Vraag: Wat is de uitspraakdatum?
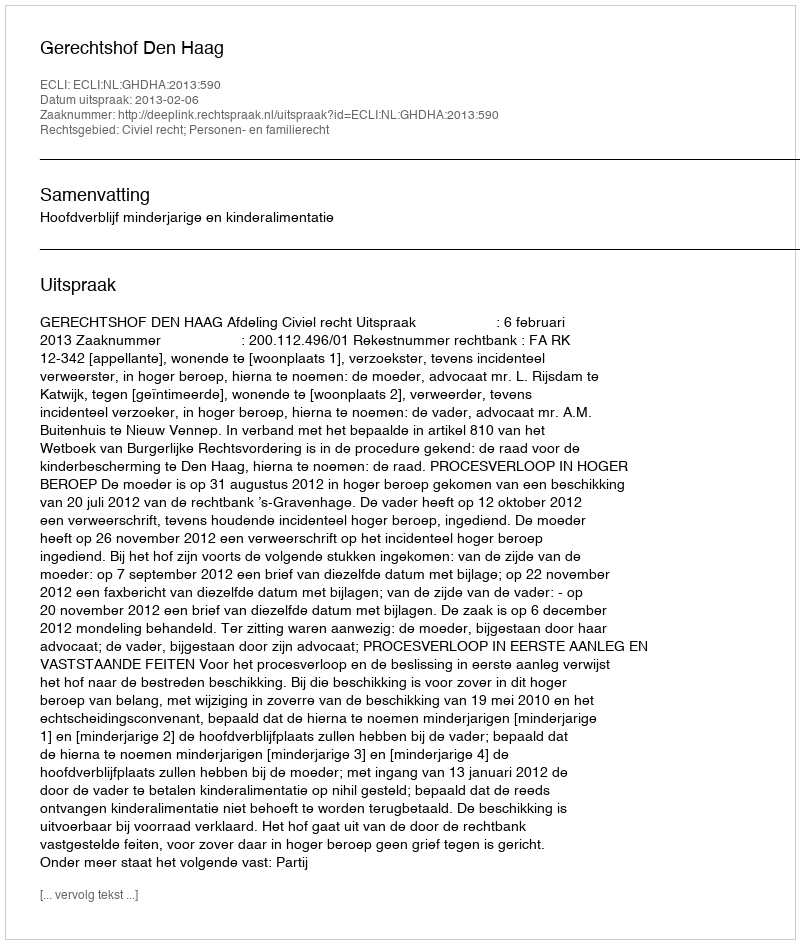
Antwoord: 2013-02-06